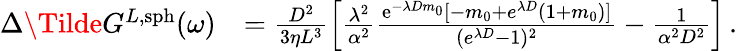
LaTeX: \begin{array}{rl}{\Delta\Tilde{G}^{L,\mathrm{sph}}(\omega)}&{=\frac{D^{2}}{3\eta L^{3}}\left[\frac{\lambda^{2}}{\alpha^{2}}\frac{\mathrm{e}^{-\lambda Dm_{0}}[-m_{0}+e^{\lambda D}(1+m_{0})]}{({e}^{\lambda D}-1)^{2}}-\frac{1}{\alpha^{2}D^{2}}\right]\, .}\end{array}